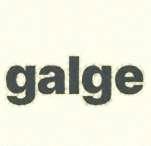
galge